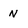
Character: N